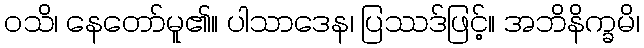
ဝသိ၊ နေတော်မူ၏။ ပါသာဒေန၊ ပြဿဒ်ဖြင့်။ အဘိနိက္ခမိ၊